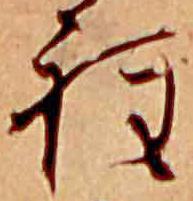
程